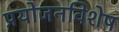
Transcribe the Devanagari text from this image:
प्रयोजनविशेष